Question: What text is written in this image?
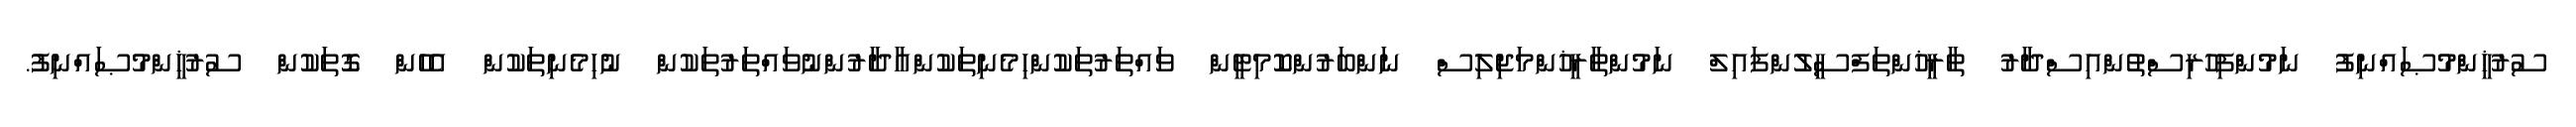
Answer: ސުރުޚީންމުޞައްނިފު ނަމުންފިހުރިސްތުންއިސްދާރު ތާރީޚުންތަފްސީލުންފައިލް ނަމުންތާރީޚުންމަޖިލިސް ނަންބަރުންކޮމިޓީން ވައްތަރުތަކުންހިމެނިތަކުންއާދާރުންނުވައްތަރުތަކުން ނުހިމެނިތަކުން އެހެން ގޮތަކުން ސުރުޚީންމުޞައްނިފު.